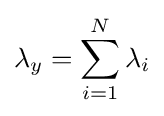
\lambda _{y}=\sum _{i=1}^{N}\lambda _{i}